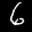
Label: 6